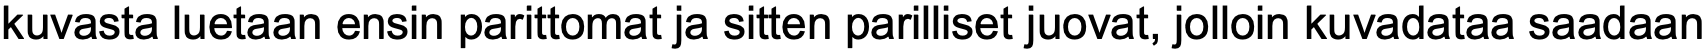
kuvasta luetaan ensin parittomat ja sitten parilliset juovat, jolloin kuvadataa saadaan